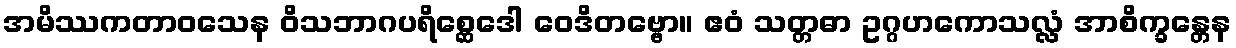
အမိဿကတာဝသေန ဝိသဘာဂပရိစ္ဆေဒေါ ဝေဒိတဗ္ဗော။ ဧဝံ သတ္တဓာ ဥဂ္ဂဟကောသလ္လံ အာစိက္ခန္တေန